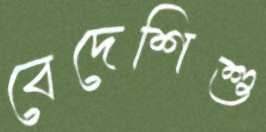
বেদেশিশু